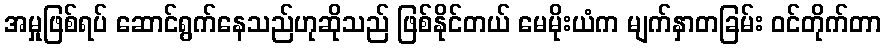
အမှုဖြစ်ရပ် ဆောင်ရွက်နေသည်ဟုဆိုသည် ဖြစ်နိုင်တယ် မေမိုးယံက မျက်နှာတခြမ်း ဝင်တိုက်တာ